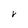
Character: V